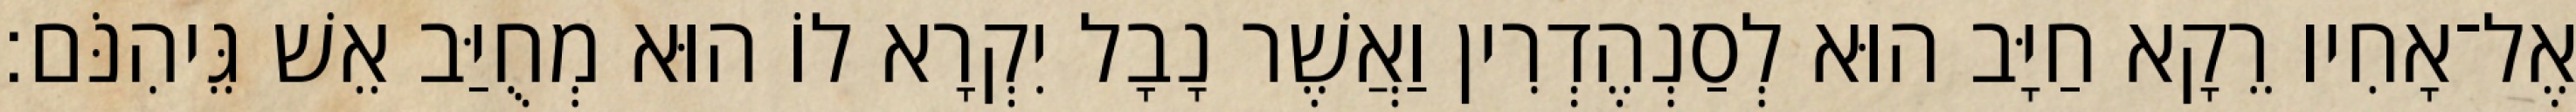
אֶל־אָחִיו רֵקָא חַיָּב הוּא לְסַנְהֶדְרִין וַאֲשֶׁר נָבָל יִקְרָא לוֹ הוּא מְחֻיַּב אֵשׁ גֵּיהִנֹּם׃